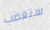
ستغضب